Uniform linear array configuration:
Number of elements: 48
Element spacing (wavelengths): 0.5
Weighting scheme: kaiser
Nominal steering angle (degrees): -45
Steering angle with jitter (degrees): -45.342
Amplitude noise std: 0.05
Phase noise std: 0.05

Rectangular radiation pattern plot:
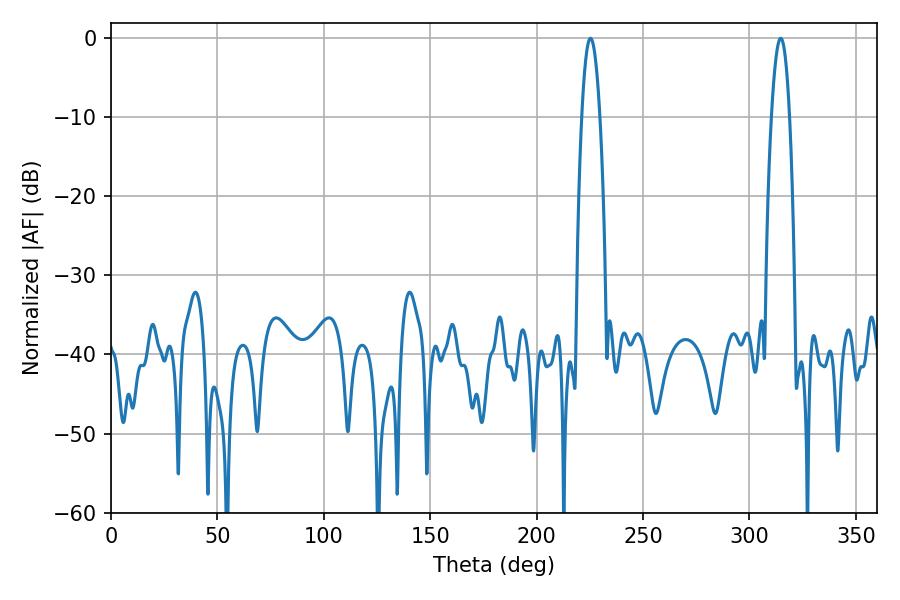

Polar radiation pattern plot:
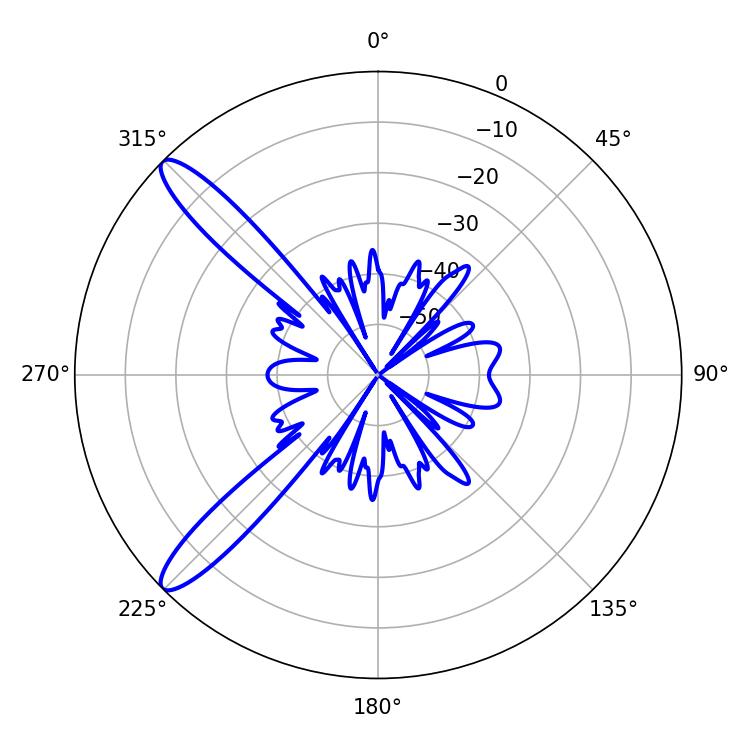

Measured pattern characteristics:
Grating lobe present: FALSE
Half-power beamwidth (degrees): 4.68
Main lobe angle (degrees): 225.36